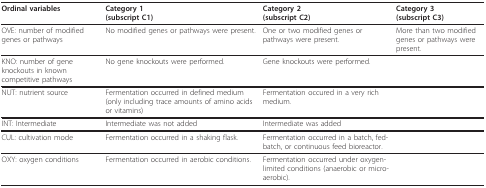
<table><thead><tr><td><b>Ordinal variables</b></td><td><b>Category 1(subscript C1)</b></td><td><b>Category 2(subscript C2)</b></td><td><b>Category 3(subscript C3)</b></td></tr></thead><tbody><tr><td>OVE: number of modified genes or pathways</td><td>No modified genes or pathways were present.</td><td>One or two modified genes or pathways were present.</td><td>More than two modified genes or pathways were present.</td></tr><tr><td>KNO: number of gene knockouts in known competitive pathways</td><td>No gene knockouts were performed.</td><td>Gene knockouts were performed.</td><td>[EMPTY_CELL]</td></tr><tr><td>NUT: nutrient source</td><td>Fermentation occurred in defined medium (only including trace amounts of amino acids or vitamins)</td><td>Fermentation occured in a very rich medium.</td><td>[EMPTY_CELL]</td></tr><tr><td>INT: Intermediate</td><td>Intermediate was not added</td><td>Intermediate was added</td><td>[EMPTY_CELL]</td></tr><tr><td>CUL: cultivation mode</td><td>Fermentation occurred in a shaking flask.</td><td>Fermentation occurred in a batch, fed-batch, or continuous feed bioreactor.</td><td>[EMPTY_CELL]</td></tr><tr><td>OXY: oxygen conditions</td><td>Fermentation occurred in aerobic conditions.</td><td>Fermentation occurred under oxygen-limited conditions (anaerobic or micro-aerobic).</td><td>[EMPTY_CELL]</td></tr></tbody></table>